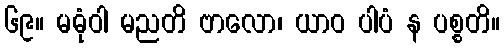
၆၉။ မဓုံဝါ မညတိ ဗာလော၊ ယာဝ ပါပံ န ပစ္စတိ။